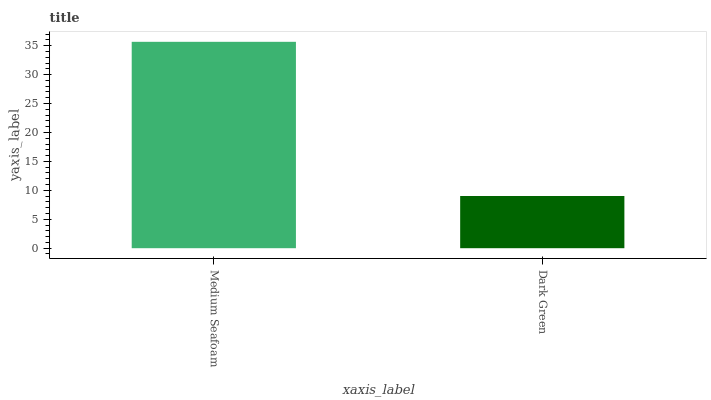
| xaxis_label | bars |
 | --- | --- |
 | Medium Seafoam | 35.7 |
 | Dark Green | 9.02 |